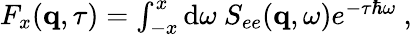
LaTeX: \begin{array}{r}{F_{x}(\mathbf{q},\tau)=\int_{-x}^{x}\textnormal{d}\omega\ S_{ee}(\mathbf{q},\omega)e^{-\tau\hbar\omega}\ ,}\end{array}